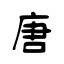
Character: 唐